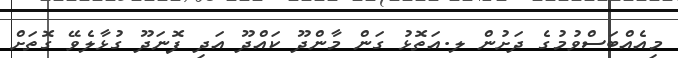
މިއެއްބަސްވުމުގެ ދަށުން ލ.އަތޮޅު ގަން މާންދޫ ކައްދޫ އަދި ފޮނަދޫ ގުޅާލެވޭ ގޮތަށް